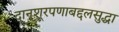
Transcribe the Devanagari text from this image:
दानशूरपणाबद्दलसुद्धा